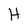
Character: H